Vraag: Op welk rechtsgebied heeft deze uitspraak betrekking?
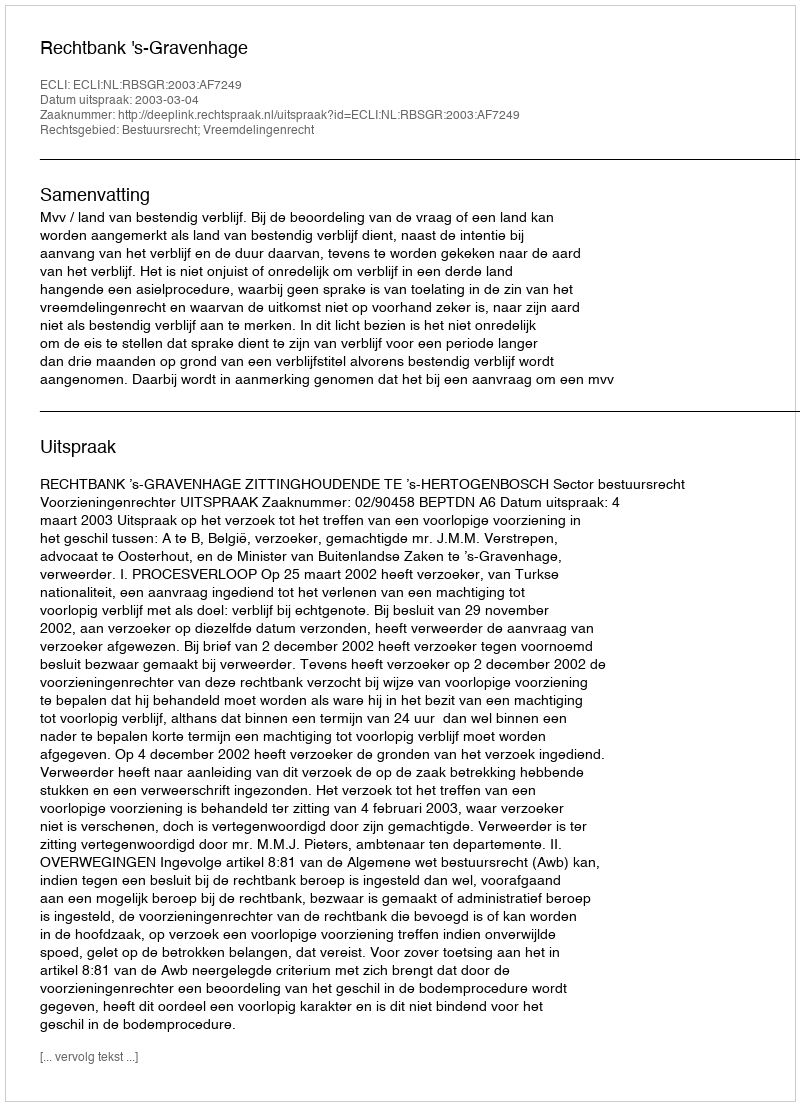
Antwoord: Bestuursrecht; Vreemdelingenrecht